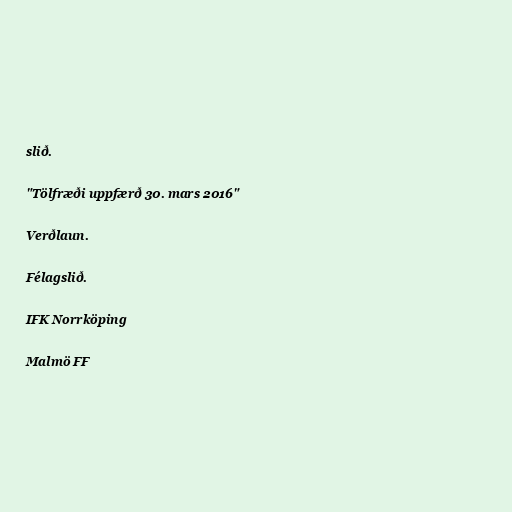
slið.

"Tölfræði uppfærð 30. mars 2016"

Verðlaun.

Félagslið.

IFK Norrköping

Malmö FF